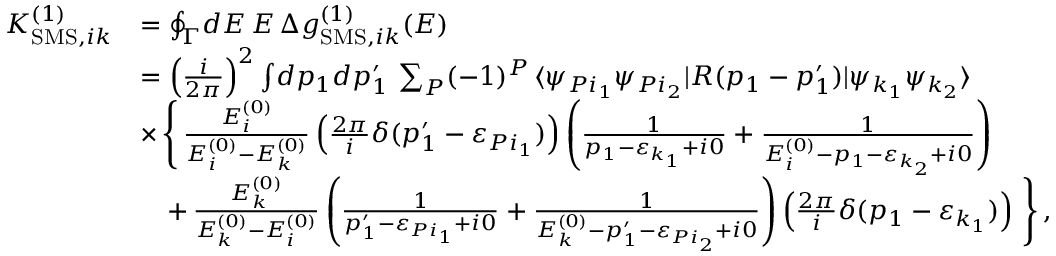
\begin{array} { r l } { K _ { \mathrm { S M S } , i k } ^ { ( 1 ) } } & { = \oint _ { \Gamma } \! d E \, E \, \Delta g _ { \mathrm { S M S } , i k } ^ { ( 1 ) } ( E ) } \\ & { = \left( \frac { i } { 2 \pi } \right) ^ { 2 } \int \! d p _ { 1 } d p _ { 1 } ^ { \prime } \, \sum _ { P } ( - 1 ) ^ { P } \, \langle \psi _ { P i _ { 1 } } \psi _ { P i _ { 2 } } | R ( p _ { 1 } - p _ { 1 } ^ { \prime } ) | \psi _ { k _ { 1 } } \psi _ { k _ { 2 } } \rangle } \\ & { \times \, \Bigg \{ \, \frac { E _ { i } ^ { ( 0 ) } } { E _ { i } ^ { ( 0 ) } - E _ { k } ^ { ( 0 ) } } \left( \frac { 2 \pi } { i } \delta ( p _ { 1 } ^ { \prime } - \varepsilon _ { P i _ { 1 } } ) \right) \left( \frac { 1 } { p _ { 1 } - \varepsilon _ { k _ { 1 } } + i 0 } + \frac { 1 } { E _ { i } ^ { ( 0 ) } - p _ { 1 } - \varepsilon _ { k _ { 2 } } + i 0 } \right) } \\ & { \quad + \, \frac { E _ { k } ^ { ( 0 ) } } { E _ { k } ^ { ( 0 ) } - E _ { i } ^ { ( 0 ) } } \left( \frac { 1 } { p _ { 1 } ^ { \prime } - \varepsilon _ { P i _ { 1 } } + i 0 } + \frac { 1 } { E _ { k } ^ { ( 0 ) } - p _ { 1 } ^ { \prime } - \varepsilon _ { P i _ { 2 } } + i 0 } \right) \left( \frac { 2 \pi } { i } \delta ( p _ { 1 } - \varepsilon _ { k _ { 1 } } ) \right) \, \Bigg \} \, , } \end{array}